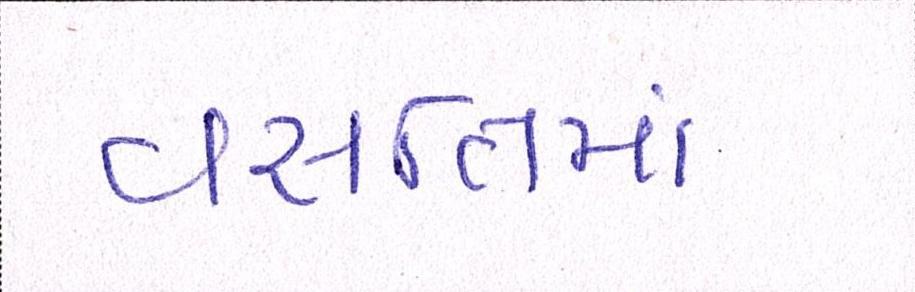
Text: વસતિમાં